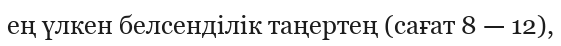
ең үлкен белсенділік таңертең (сағат 8 — 12),